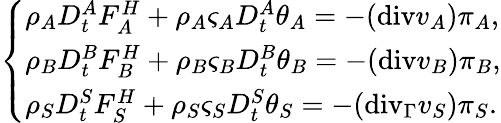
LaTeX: \left\{ \begin{array}{ll}{\rho_{A}D_{t}^{A}F_{A}^{H}+\rho_{A}\varsigma_{A}D_{t}^{A}\theta_{A}=-(\mathrm{{div}}v_{A})\pi_{A},}\\ {\rho_{B}D_{t}^{B}F_{B}^{H}+\rho_{B}\varsigma_{B}D_{t}^{B}\theta_{B}=-({\mathrm{div}}v_{B})\pi_{B},}\\ {\rho_{S}D_{t}^{S}F_{S}^{H}+\rho_{S}\varsigma_{S}D_{t}^{S}\theta_{S}=-(\mathrm{{div}}_{\Gamma}v_{S})\pi_{S}.}\end{array}\right.